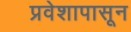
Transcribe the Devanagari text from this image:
प्रवेशापासून